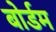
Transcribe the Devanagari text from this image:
बोर्डम